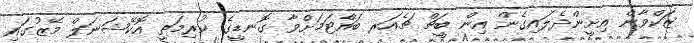
ޒަކްވާން އިށީންދެލައިގެން އިން ބީޗް ޗެއަރ ބައްޓަމަށްވާ ގޮނޑީގެ ކުރިމަތީ އޮކޭޝަނަލް މޭޒުގައި